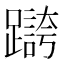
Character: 𫏥